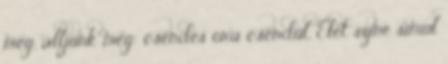
meg, álljunk meg: csendes óra csendül, Élet színe simul